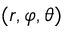
( r , \varphi , \theta )